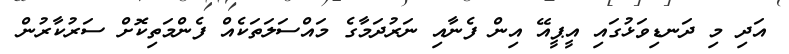
އަދި މި ދަނޑިވަޅުގައި އީޕީއޭ އިން ފެނާއި ނަރުދަމާގެ މައްސަލަތަކެއް ފެންމަތިކޮށް ސަރުކާރުން